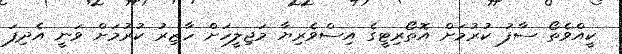
ކީއްވެތޯ ސާފު ކުރުމަށް އޮތޯރިޓީގެ އިސްވެރިޔާ މަޖިލީހަށް ހާޒިރު ކުރުމަށް ވަނީ އެދިފަ